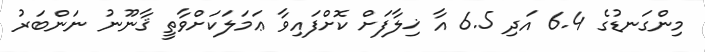
މިންގަނޑުގެ 6.4 އަދި 6.5 އާ ޚިލާފަށް ކޮށްފައިވާ ޢަމަލަކަށްވާތީ ޤާނޫނު ނަންބަރު